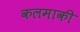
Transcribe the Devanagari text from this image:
कलमाकी